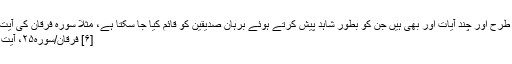
اسی طرح اور چند آیات اور بھی ہیں جن کو بطورِ شاہد پیش کرتے ہوئے برہان صدیقین کو قائم کیا جا سکتا ہے، مثلا سوره فرقان کی آیت ۴۵
[۶] فرقان/سوره۲۵، آیت ۴۵۔